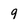
Character: 9